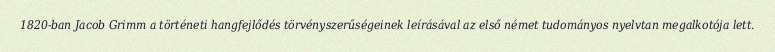
1820-ban Jacob Grimm a történeti hangfejlődés törvényszerűségeinek leírásával az első német tudományos nyelvtan megalkotója lett.